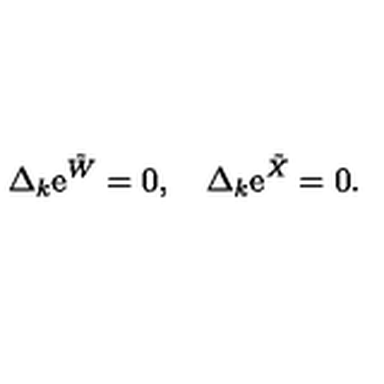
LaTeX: \Delta _ { k } \mathrm { e } ^ { { \tilde { W } } } = 0 , \quad \Delta _ { k } \mathrm { e } ^ { { \tilde { X } } } = 0 .